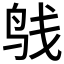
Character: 𲍯